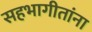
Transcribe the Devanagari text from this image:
सहभागीतांना